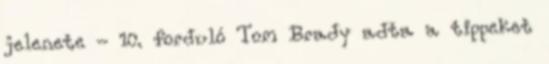
jelenete - 10. forduló Tom Brady adta a tippeket